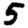
Digit: 5